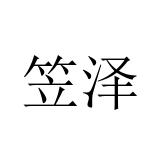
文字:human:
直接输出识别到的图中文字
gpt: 笠泽